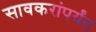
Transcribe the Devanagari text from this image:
सावकरांपर्यंत